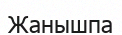
Жанышпа